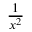
\textstyle { \frac { 1 } { x ^ { 2 } } }